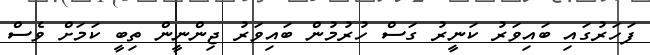
ފަހަރުގައި ބައިވަރު ކަނީރު ގަސް ހުރުމުން ބައިވަރު ޖިންނީން ތިބީ ކަމަށް ވެސް